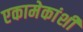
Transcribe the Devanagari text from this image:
एकामेकांशी